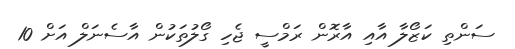
ސަންތި ކަޒޯލާ އާއި އާރޮން ރަމްސީ ޖެހި ގޯލުތަކުން އާސެނަލް އަށް 10